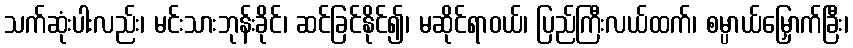
သက်ဆုံးပါးလည်း၊ မင်းသားဘုန်းခိုင်၊ ဆင်ခြင်နိုင်၍၊ မဆိုင်ရာဝယ်၊ ပြည်ကြီးလယ်ထက်၊ စမ္ပာယ်မြှောက်ခြီး၊